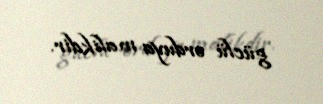
güclü orduya malikdir.